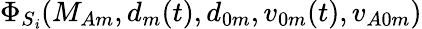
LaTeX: \Phi_{S_{\mathit{i}}}(M_{Am},d_{m}(t),d_{0m},v_{0m}(t),v_{A0m})